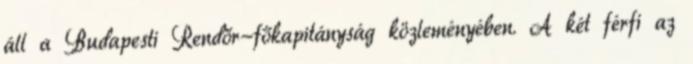
áll a Budapesti Rendőr-főkapitányság közleményében. A két férfi az